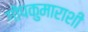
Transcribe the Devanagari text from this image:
गोपकुमाराशी